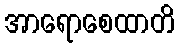
အာရောစေထာတိ